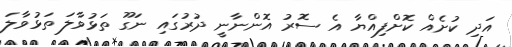
އަދި ކުށެއް ކޮށްފިއްޔާ އެ ސޮރު އޮންނާނީ ދުރުގައި ނަގޫ ތަޅުވާލަ ތަޅުވާލަ